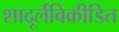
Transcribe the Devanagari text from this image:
शादूर्लविक्रीडित